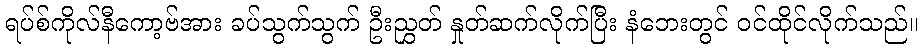
ရပ်စ်ကိုလ်နီကော့ဗ်အား ခပ်သွက်သွက် ဦးညွှတ် နှုတ်ဆက်လိုက်ပြီး နံဘေးတွင် ဝင်ထိုင်လိုက်သည်။